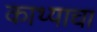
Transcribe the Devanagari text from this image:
काथ्याचा